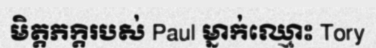
មិត្តភក្តិរបស់ Paul ម្នាក់ឈ្មោះ Tory